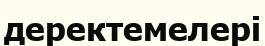
деректемелері